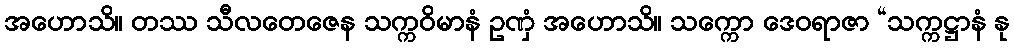
အဟောသိ။ တဿ သီလတေဇေန သက္ကဝိမာနံ ဥဏှံ အဟောသိ။ သက္ကော ဒေဝရာဇာ “သက္ကဋ္ဌာနံ နု